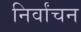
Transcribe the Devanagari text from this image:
निर्वांचन